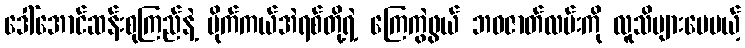
ဒေါ်အောင်ဆန်းစုကြည်နဲ့ မိုက်ကယ်အဲရစ်တို့ရဲ့ ကြေကွဲဖွယ် ဘဝဇာတ်လမ်းကို လူသိများပေမယ့်